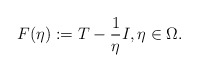
\begin{align*}F(\eta):=T-\frac{1}{\eta}I, \eta \in \Omega.\end{align*}